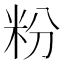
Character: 粉